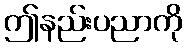
ဤနည်းပညာကို